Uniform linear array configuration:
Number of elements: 16
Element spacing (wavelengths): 0.75
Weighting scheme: uniform
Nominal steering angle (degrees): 60
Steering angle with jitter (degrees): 61.307
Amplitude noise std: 0.05
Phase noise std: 0.05

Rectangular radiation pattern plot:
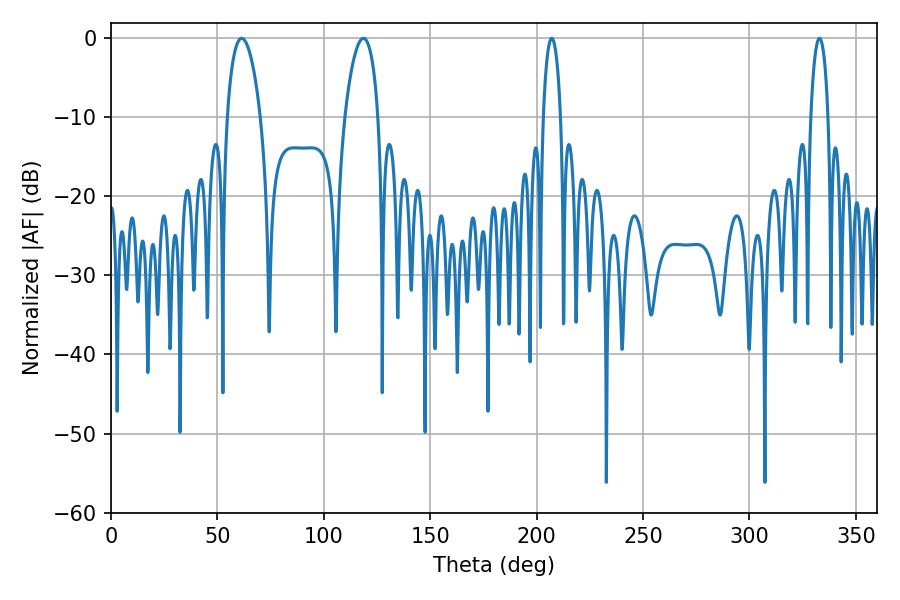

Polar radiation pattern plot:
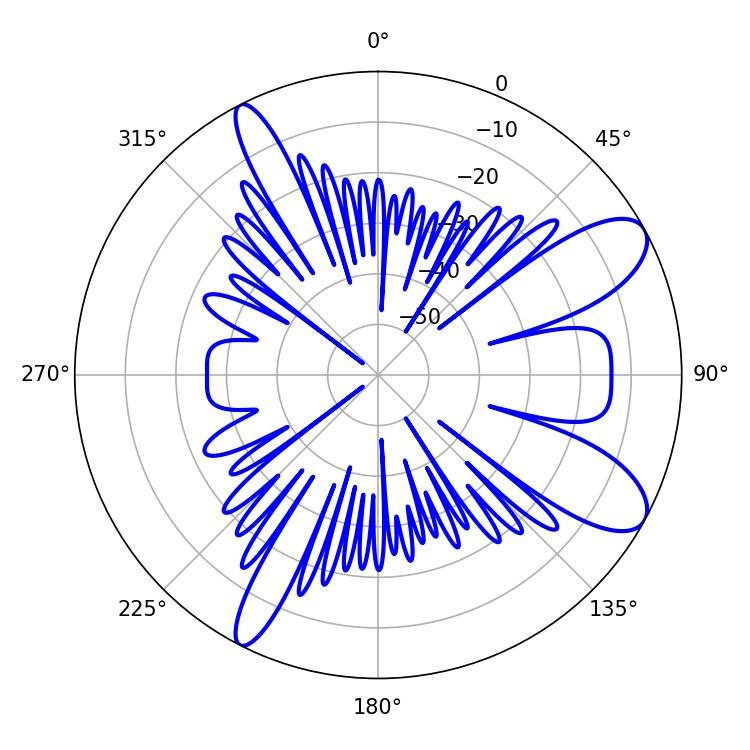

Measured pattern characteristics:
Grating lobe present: TRUE
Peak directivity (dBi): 9.538
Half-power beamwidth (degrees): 9
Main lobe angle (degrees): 61.38